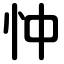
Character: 忡